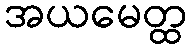
အယမေတ္ထ